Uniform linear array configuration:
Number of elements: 24
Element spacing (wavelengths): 1
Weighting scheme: uniform
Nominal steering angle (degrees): -60
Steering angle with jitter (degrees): -59.177
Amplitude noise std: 0.05
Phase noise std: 0.05

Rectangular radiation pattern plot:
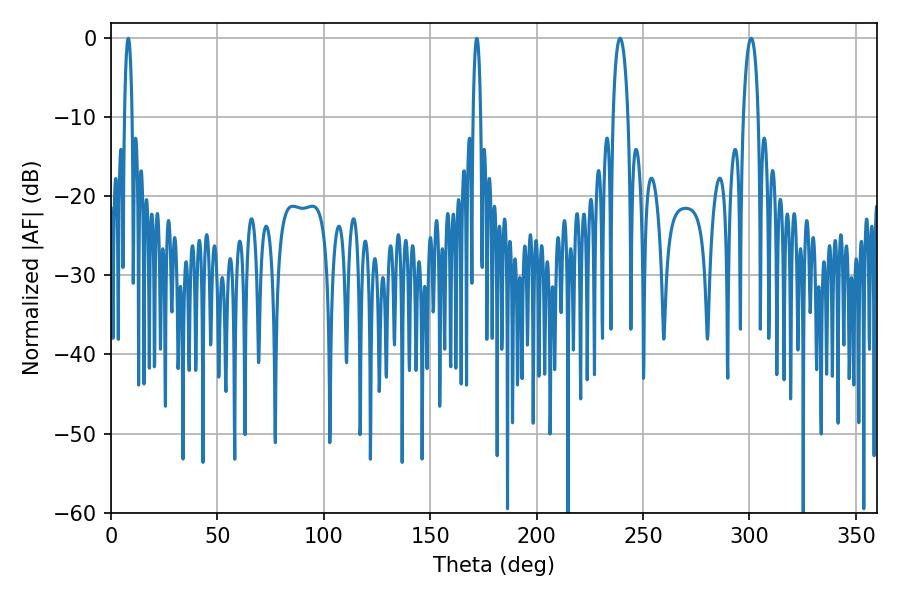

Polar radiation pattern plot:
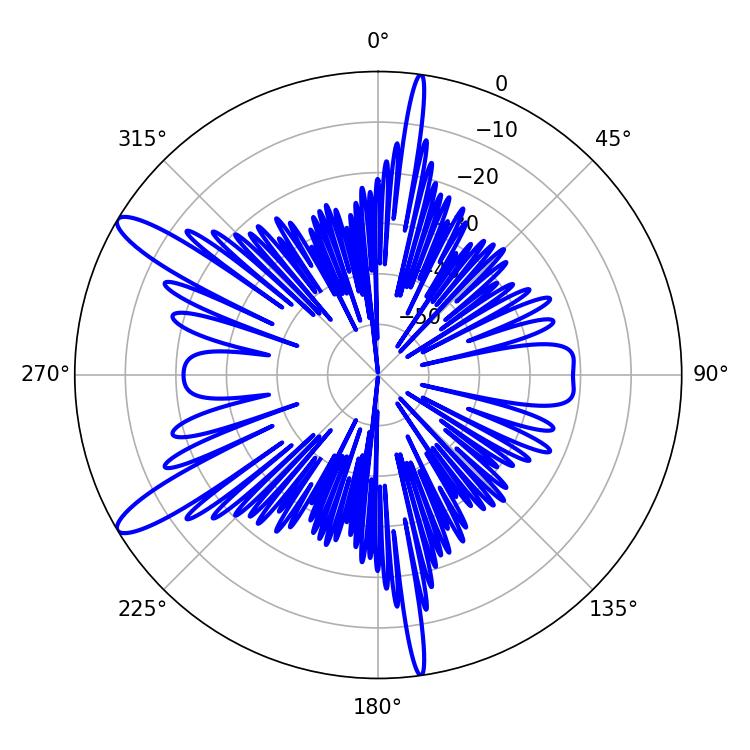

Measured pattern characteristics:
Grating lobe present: TRUE
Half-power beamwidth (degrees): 1.8
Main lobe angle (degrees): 8.1